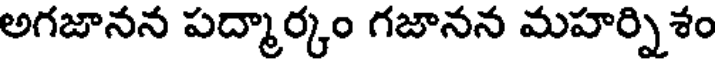
అగజానన పద్మార్కం గజానన మహర్నిశం